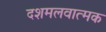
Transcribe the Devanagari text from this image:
दशमलवात्मक